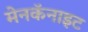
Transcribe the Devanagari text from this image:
मेनकॅनाइट